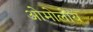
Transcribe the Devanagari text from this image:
ओमोलोय